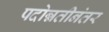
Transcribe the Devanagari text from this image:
पदोन्नतीनंतर